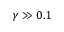
\gamma \gg 0 . 1